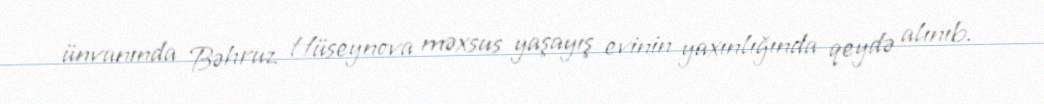
ünvanında Bəhruz Hüseynova məxsus yaşayış evinin yaxınlığında qeydə alınıb.